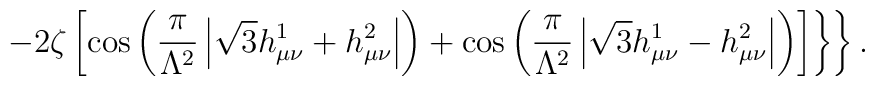
\left.\left.-2\zeta\left[\cos\left(\frac{\pi}{\Lambda^2}\left|\sqrt{3}h_{\mu\nu}^1+h_{\mu\nu}^2\right|\right)+ \cos\left(\frac{\pi}{\Lambda^2}\left|\sqrt{3}h_{\mu\nu}^1-h_{\mu\nu}^2\right|\right)\right]\right\}\right\}.